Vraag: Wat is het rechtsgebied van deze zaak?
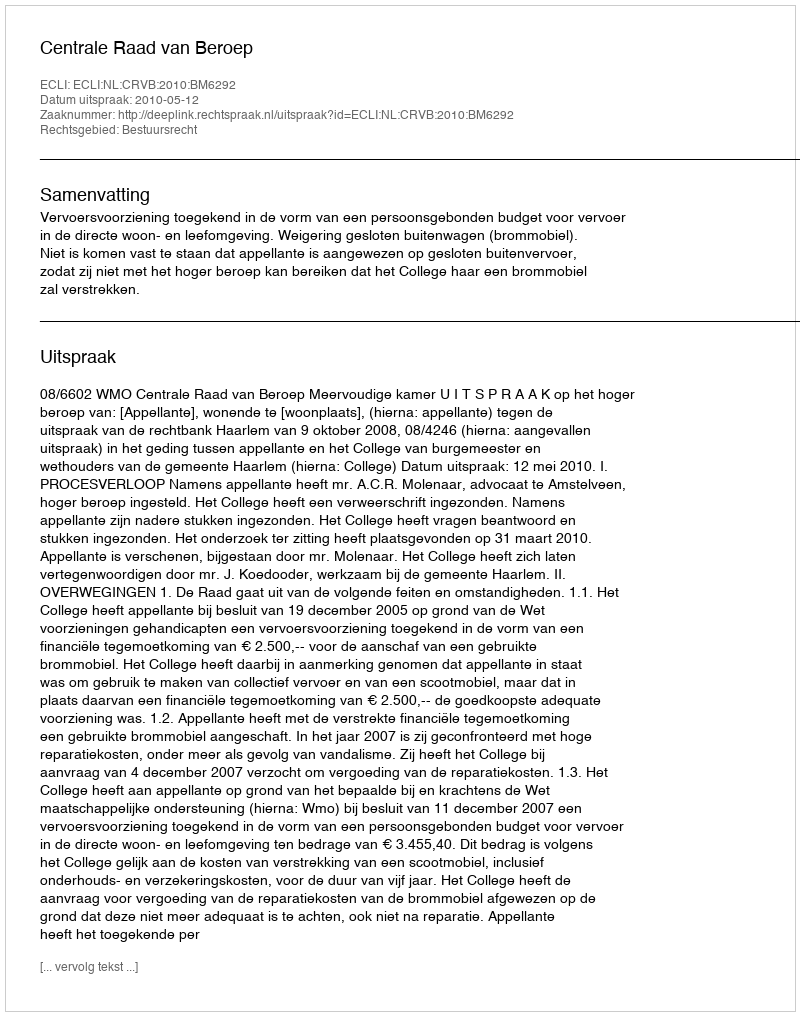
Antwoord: Bestuursrecht